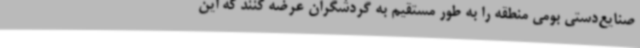
صنایع‌دستی بومی منطقه را به طور مستقیم به گردشگران عرضه کنند که این